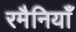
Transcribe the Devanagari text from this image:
रमैनियाँ